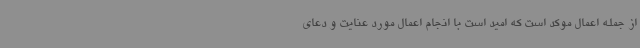
از جمله اعمال موکد است که امید است با انجام اعمال مورد عنایت و دعای